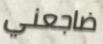
ضاجعني